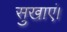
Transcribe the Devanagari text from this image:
सुखाएं।